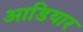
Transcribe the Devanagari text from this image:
आडियार